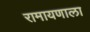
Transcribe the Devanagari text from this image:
रामायणाला